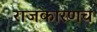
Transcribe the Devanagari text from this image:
राजकारणच